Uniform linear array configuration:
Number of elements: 24
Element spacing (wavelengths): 1
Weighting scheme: kaiser
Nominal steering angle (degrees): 0
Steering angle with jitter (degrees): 1.86
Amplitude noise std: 0.05
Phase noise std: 0.05

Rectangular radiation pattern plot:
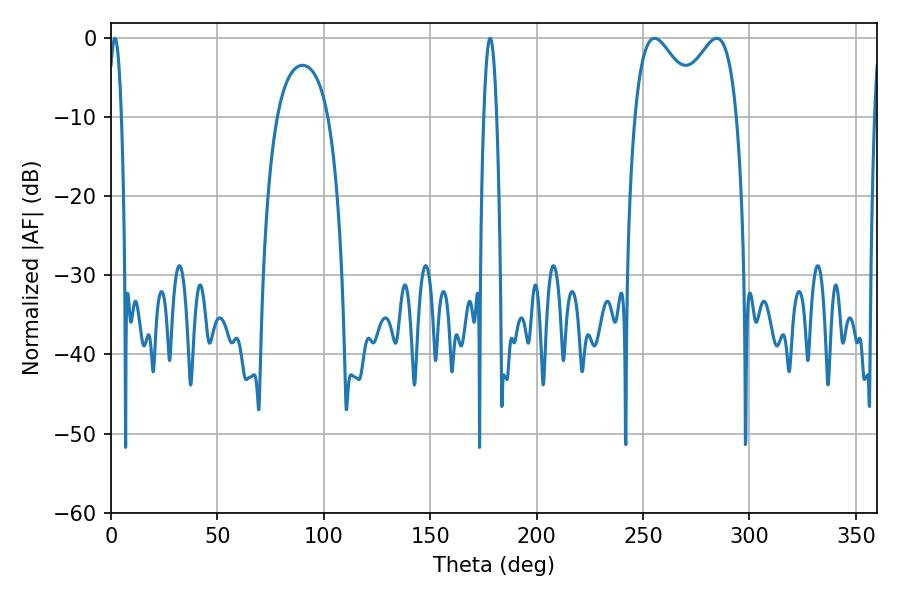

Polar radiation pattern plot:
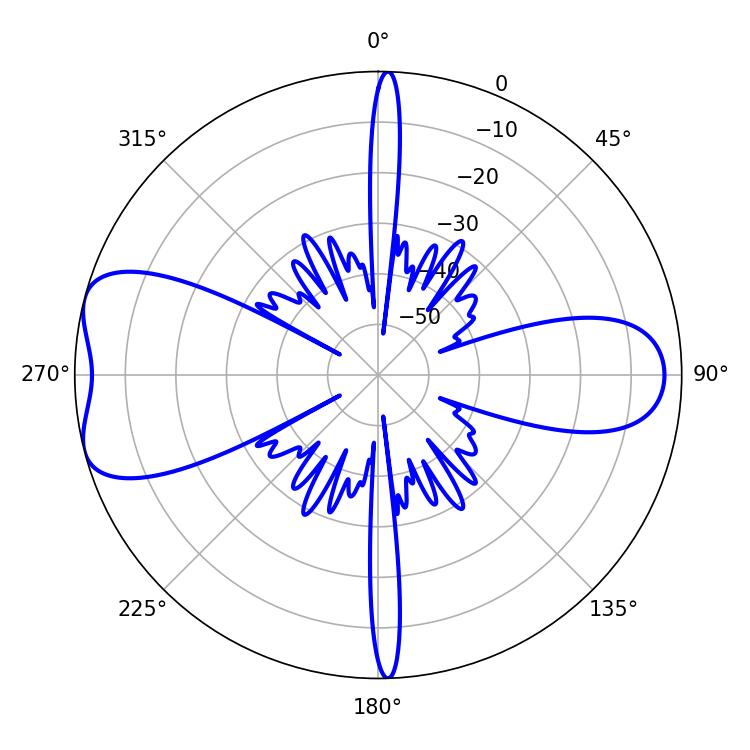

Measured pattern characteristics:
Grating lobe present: TRUE
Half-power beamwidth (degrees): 16.74
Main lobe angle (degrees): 255.42